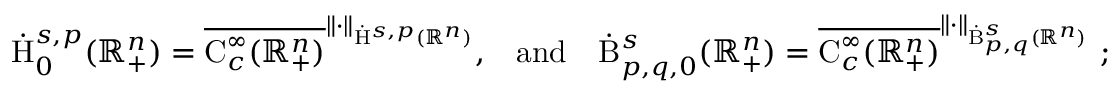
\begin{array} { r } { \dot { \mathrm { H } } _ { 0 } ^ { s , p } ( \mathbb { R } _ { + } ^ { n } ) = \overline { { \mathrm { C } _ { c } ^ { \infty } ( \mathbb { R } _ { + } ^ { n } ) } } ^ { \lVert \cdot \rVert _ { \dot { \mathrm { H } } ^ { s , p } ( \mathbb { R } ^ { n } ) } } \mathrm { , } \quad \mathrm { a n d } \quad \dot { \mathrm { B } } _ { p , q , 0 } ^ { s } ( \mathbb { R } _ { + } ^ { n } ) = \overline { { \mathrm { C } _ { c } ^ { \infty } ( \mathbb { R } _ { + } ^ { n } ) } } ^ { \lVert \cdot \rVert _ { \dot { \mathrm { B } } _ { p , q } ^ { s } ( \mathbb { R } ^ { n } ) } } \mathrm { ~ ; } } \end{array}